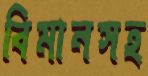
বিমানসহ